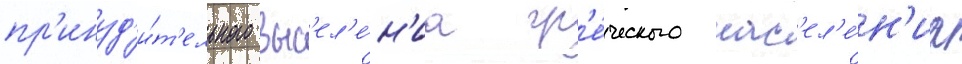
пр'инуд'и́т'ельного выс'ел'е́н'иа гр'е́ческого нас'ел'е́н'иа